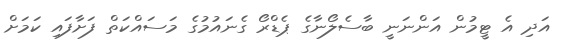
އަދި އެ ޓީމުން އަންނަނީ ބާސެލޯނާގެ ޕެޑްރޯ ގެނައުމުގެ މަސައްކަތް ފަށާފައި ކަމަށް